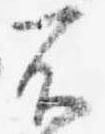
不